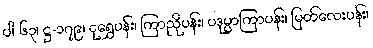
ပါ-၆၃၊ ဋ္ဌ-၁၇၉၊ ငုရွှေပန်း၊ ကြာညိုပန်း၊ ပဒုမ္မာကြာပန်း၊ မြတ်လေးပန်း၊